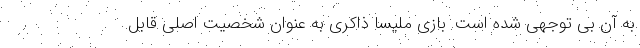
به آن بی توجهی شده است. بازی ملیسا ذاکری به عنوان شخصیت اصلی قابل